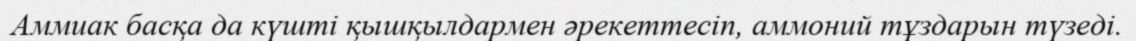
Аммиак басқа да күшті қышқылдармен әрекеттесіп, аммоний тұздарын түзеді.